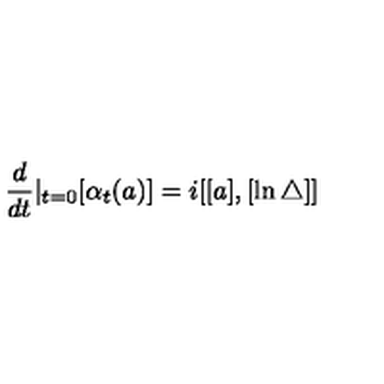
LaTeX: \frac d { d t } | _ { t = 0 } [ \alpha _ { t } ( a ) ] = i [ [ a ] , [ \ln \bigtriangleup ] ]